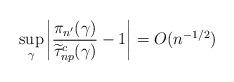
LaTeX: \begin{align*}\sup_{\gamma} \left| \frac{\pi_{n'}(\gamma)}{\widetilde{\tau}_{np}^c(\gamma)} - 1 \right| = O(n^{-1/2})\end{align*}